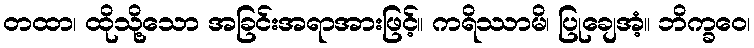
တထာ၊ ထိုသို့သော အခြင်းအရာအားဖြင့်။ ကရိဿာမိ၊ ပြုချေအံ့။ ဘိက္ခဝေ၊